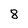
Character: 8